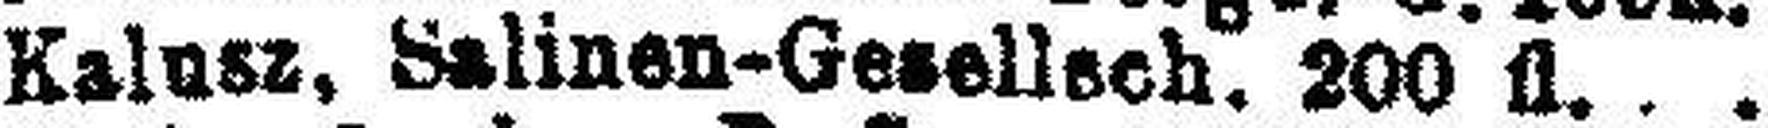
Kalusz, Salinen-Gesellech. 200 fl.